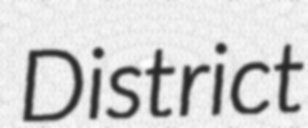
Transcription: District